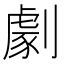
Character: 劇